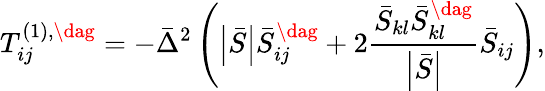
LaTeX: T_{ij}^{\left(1\right),\dag}=-{{\bar{\Delta}}^{2}}\left({\left|{\bar{S}}\right|\bar{S}_{ij}^{\dag}+2\frac{{{{\bar{S}}_{kl}}\bar{S}_{kl}^{\dag}}}{{\left|{\bar{S}}\right|}}{{\bar{S}}_{ij}}}\right),